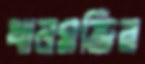
ধানমন্ডির